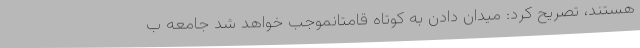
هستند، تصریح کرد: میدان دادن به کوتاه قامتانموجب خواهد شد جامعه ب